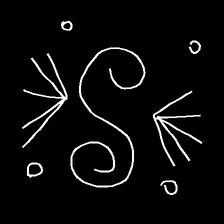
Glyph: aeroform